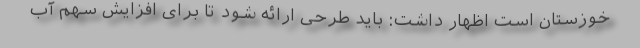
خوزستان است اظهار داشت: باید طرحی ارائه شود تا برای افزایش سهم آب